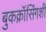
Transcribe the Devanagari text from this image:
बुकक्रॉसिंगशी